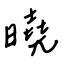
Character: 曉